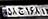
۵۸ج۱۶۸۱۳